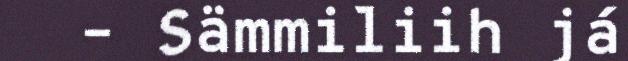
– Sämmiliih já